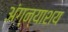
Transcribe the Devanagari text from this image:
अंग्न्याशय